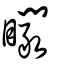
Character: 矙